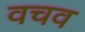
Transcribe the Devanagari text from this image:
वचव